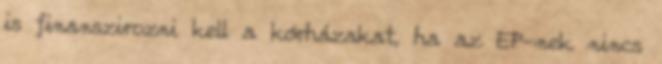
is finanszirozni kell a kórházakat, ha az EP-nek nincs